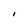
Character: I